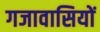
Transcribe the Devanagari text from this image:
गजावासियों